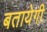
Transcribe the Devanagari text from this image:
बतायेगी